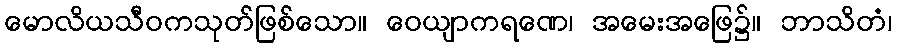
မောလိယသီဝကသုတ်ဖြစ်သော။ ဝေယျာကရဏေ၊ အမေးအဖြေ၌။ ဘာသိတံ၊